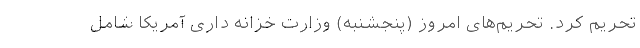
تحریم کرد. تحریم‌های امروز (پنجشنبه) وزارت خزانه داری آمریکا شامل